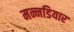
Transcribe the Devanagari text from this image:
मन्नडियार